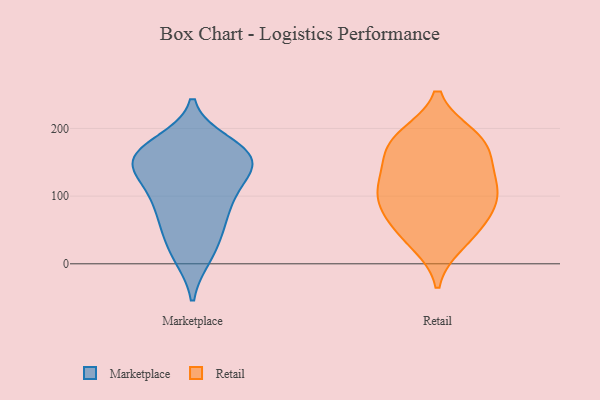
{"axis": {"x": "Satisfaction Score", "y": "Value"}, "legend": ["Marketplace", "Retail"], "data": [{"x": "", "y": 45, "type": "Marketplace"}, {"x": "", "y": 98, "type": "Marketplace"}, {"x": "", "y": 170, "type": "Marketplace"}, {"x": "", "y": 71, "type": "Marketplace"}, {"x": "", "y": 147, "type": "Marketplace"}, {"x": "", "y": 85, "type": "Marketplace"}, {"x": "", "y": 167, "type": "Marketplace"}, {"x": "", "y": 128, "type": "Marketplace"}, {"x": "", "y": 104, "type": "Marketplace"}, {"x": "", "y": 178, "type": "Marketplace"}, {"x": "", "y": 52, "type": "Marketplace"}, {"x": "", "y": 157, "type": "Marketplace"}, {"x": "", "y": 11, "type": "Marketplace"}, {"x": "", "y": 158, "type": "Marketplace"}, {"x": "", "y": 12, "type": "Marketplace"}, {"x": "", "y": 156, "type": "Marketplace"}, {"x": "", "y": 129, "type": "Marketplace"}, {"x": "", "y": 150, "type": "Marketplace"}, {"x": "", "y": 31, "type": "Retail"}, {"x": "", "y": 93, "type": "Retail"}, {"x": "", "y": 179, "type": "Retail"}, {"x": "", "y": 185, "type": "Retail"}, {"x": "", "y": 144, "type": "Retail"}, {"x": "", "y": 104, "type": "Retail"}, {"x": "", "y": 188, "type": "Retail"}, {"x": "", "y": 75, "type": "Retail"}, {"x": "", "y": 42, "type": "Retail"}, {"x": "", "y": 60, "type": "Retail"}, {"x": "", "y": 137, "type": "Retail"}, {"x": "", "y": 103, "type": "Retail"}, {"x": "", "y": 173, "type": "Retail"}, {"x": "", "y": 112, "type": "Retail"}]}